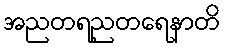
အညတရညတရေနာတိ